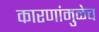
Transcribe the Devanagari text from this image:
कारणांमुळेच